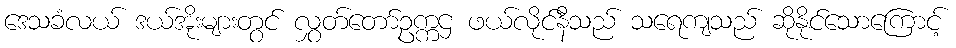
ဒေသခံလယ် ဒယ်အိုးများတွင် လွှတ်တော်ဥက္ကဌ ဖယ်လိုင်နီသည် သရေကျသည် ဆိုနိုင်သောကြောင့်